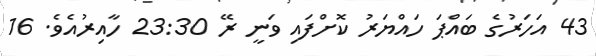
43 އަހަރުގެ ބައްޕަ ހައްޔަރު ކޮށްފައި ވަނީ ރޭ 23:30 ހާއިރުއެވެ. 16